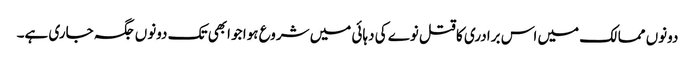
دونوں ممالک میں اس برادری کا قتل نوے کی دہائی میں شروع ہوا جو ابھی تک دونوں جگہ جاری ہے۔